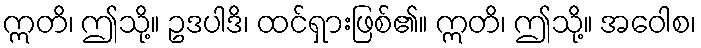
ဣတိ၊ ဤသို့။ ဥဒပါဒိ၊ ထင်ရှားဖြစ်၏။ ဣတိ၊ ဤသို့။ အဝေါစ၊